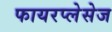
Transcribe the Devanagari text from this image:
फायरप्लेसेज